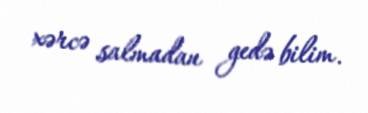
xərcə salmadan gedə bilim.